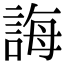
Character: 誨